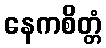
နေကစိတ္တံ